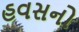
હવસનો